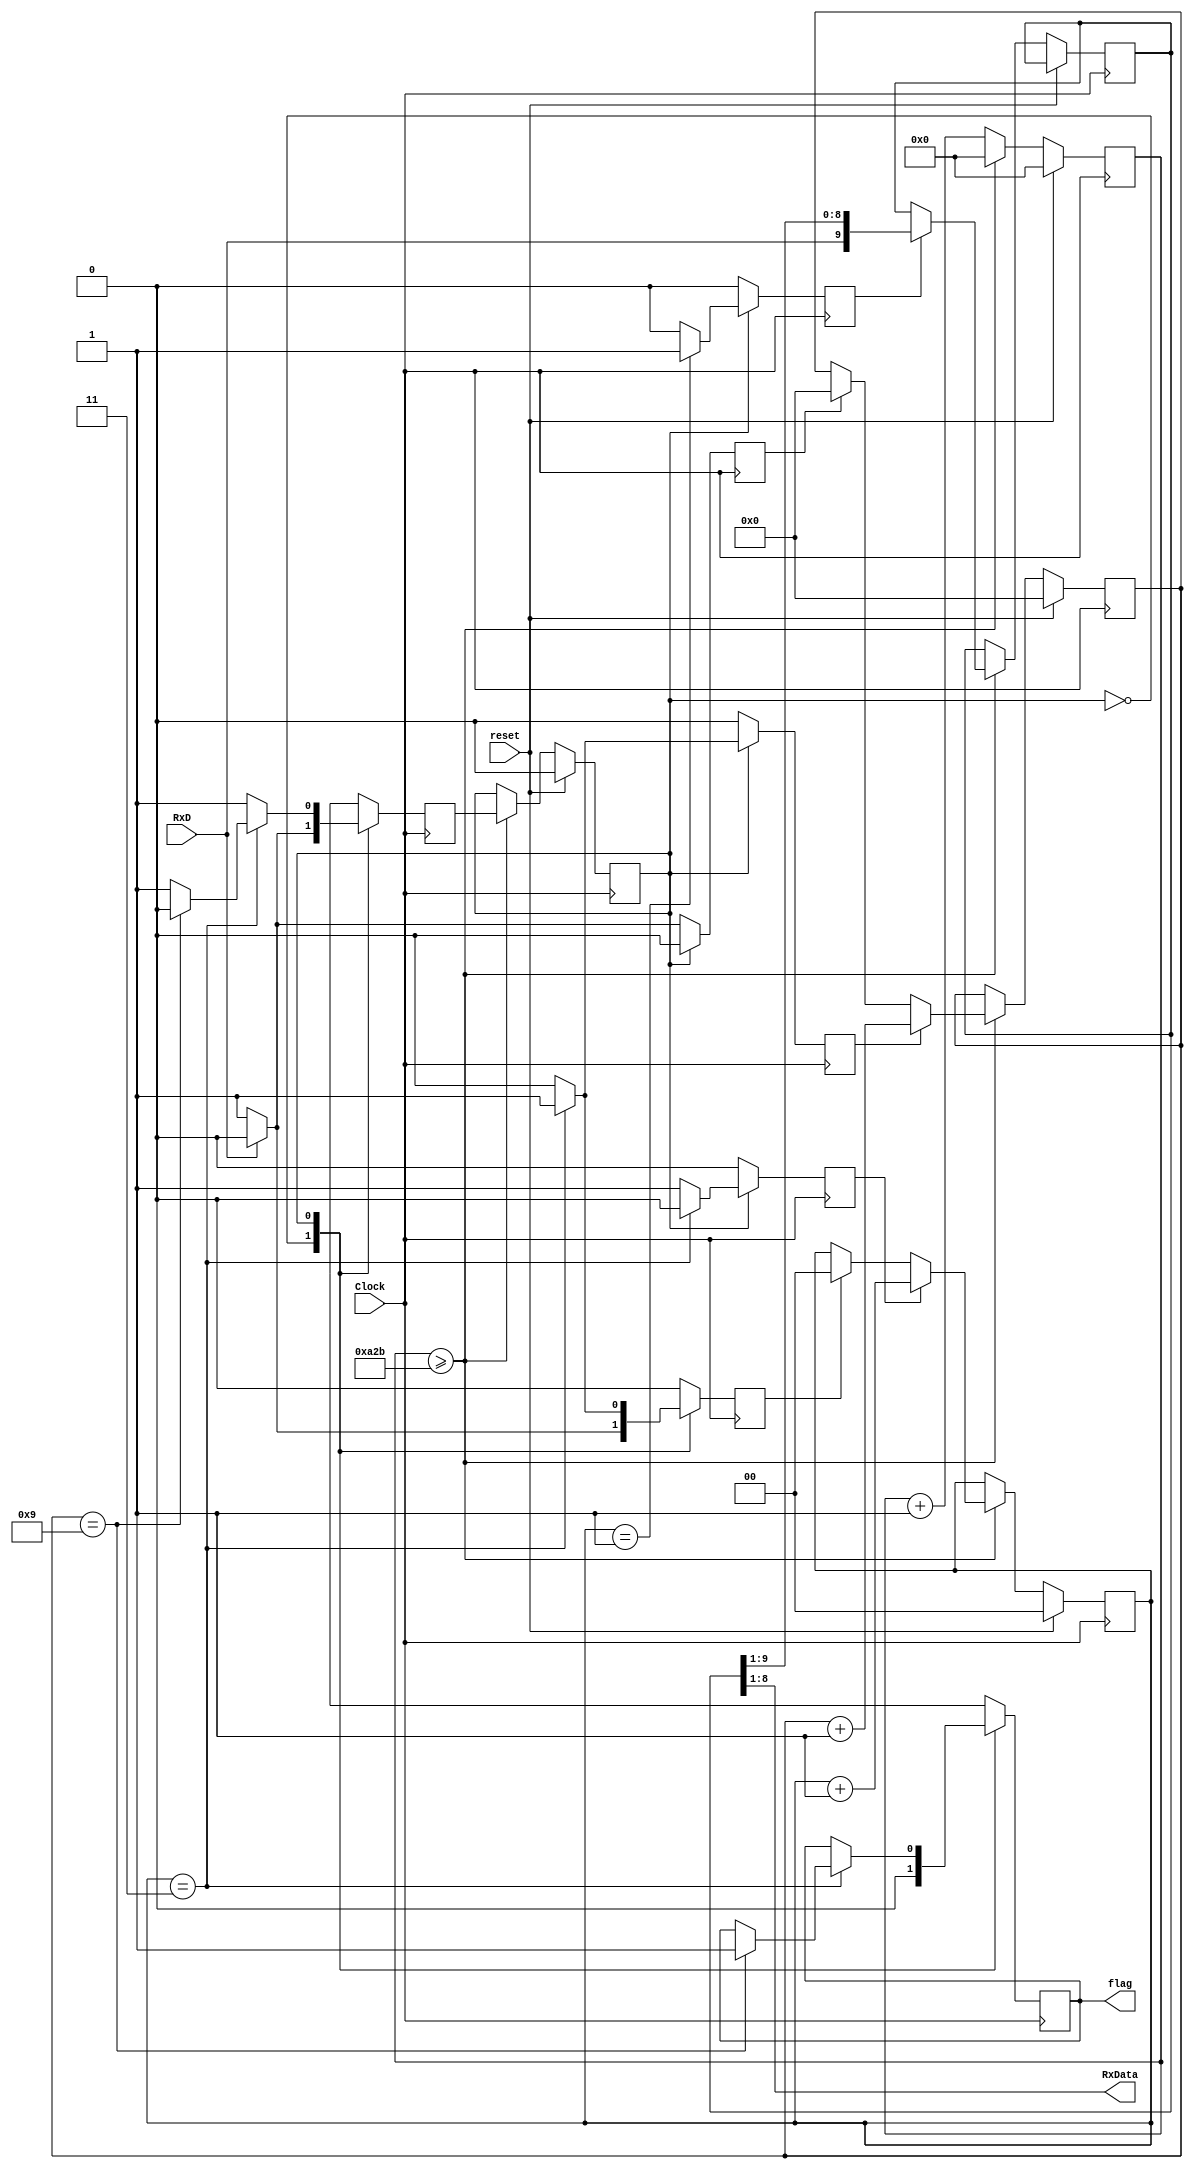
module Receiver(

input Clock, //input clock
input reset, //input reset 
input RxD, //input receving data line
output [7:0]RxData, // output for 8 bits data
output flag
    );
    
//internal variables
reg shift; // shift signal to trigger shifting data
reg flag=0; //flag to indicate finish
reg state, nextstate; // initial state and next state variable
reg [3:0] bitcounter; // 4 bits counter to count up to 9 for UART receiving
reg [1:0] samplecounter; // 2 bits sample counter to count up to 4 for oversampling
reg [13:0] counter; // 14 bits counter to count the baud rate
reg [9:0] rxshiftreg; //bit shifting register
reg clear_bitcounter,inc_bitcounter,inc_samplecounter,clear_samplecounter; //clear or increment the counter

// constants
parameter clk_freq = 100_000_000;  // system clock frequency
parameter baud_rate = 9_600; //baud rate
parameter div_sample = 4; //oversampling
parameter div_counter = (clk_freq/(baud_rate*div_sample));  // this is the number we have to divide the system clock frequency to get a frequency (div_sample) time higher than (baud_rate)
parameter mid_sample = (div_sample/2);  // this is the middle point of a bit where you want to sample it
parameter div_bit = 10; // 1 start, 8 data, 1 stop


assign RxData = rxshiftreg [8:1]; // assign the RxData from the shiftregister

//UART receiver logic
always @ (posedge Clock)
    begin 
        if (reset)begin // if reset is asserted
            state <=0; // set state to idle 
            bitcounter <=0; // reset the bit counter
            counter <=0; // reset the counter
            samplecounter <=0; // reset the sample counter
        end else begin // if reset is not asserted
            counter <= counter +1; // start count in the counter
            if (counter >= div_counter-1) begin // if counter reach the baud rate with sampling 
                counter <=0; //reset the counter
                state <= nextstate; // assign the state to nextstate
                if (shift)rxshiftreg <= {RxD,rxshiftreg[9:1]}; //if shift asserted, load the receiving data
                if (clear_samplecounter) samplecounter <=0; // if clear sampl counter asserted, reset sample counter
                if (inc_samplecounter) samplecounter <= samplecounter +1; //if increment counter asserted, start sample count
                if (clear_bitcounter) bitcounter <=0;        
                    // if clear bit counter asserted, reset bit counter
                if (inc_bitcounter)bitcounter <= bitcounter +1; // if increment bit counter asserted, start count bit counter
            end
        end
    end
   
//state machine

always @ (posedge Clock) //trigger by clock
begin 
    shift <= 0; // set shift to 0 to avoid any shifting 
    clear_samplecounter <=0; // set clear sample counter to 0 to avoid reset
    inc_samplecounter <=0; // set increment sample counter to 0 to avoid any increment
    clear_bitcounter <=0; // set clear bit counter to 0 to avoid claring
    inc_bitcounter <=0; // set increment bit counter to avoid any count
    nextstate <=0; // set next state to be idle state
    case (state)
        0: begin // idle state
        flag=0;
            if (RxD) // if input RxD data line asserted
              begin
//              flag=0;
              nextstate <=0; // back to idle state because RxD needs to be low to start transmission    
              end
            else begin // if input RxD data line is not asserted
//                flag = 0;  
                nextstate <=1; //jump to receiving state 
                clear_bitcounter <=1; // trigger to clear bit counter
                clear_samplecounter <=1; // trigger to clear sample counter
            end
        end
        1: begin // receiving state
            nextstate <= 1; // DEFAULT 
            if (samplecounter== mid_sample - 1) 
                shift <= 1; // if sample counter is 1, trigger shift 
            if (samplecounter== div_sample - 1) 
                begin // if sample counter is 3 as the sample rate used is 3
                    if (bitcounter == div_bit - 1) 
                    begin // check if bit counter if 9 or not
                        nextstate <= 0; // back to idle state if bit counter is 9 as receving is complete
                        flag=1;
                    end 
                    inc_bitcounter <=1; // trigger the increment bit counter if bit counter is not 9
                    clear_samplecounter <=1; //trigger the sample counter to reset the sample counter
//                flag=1;
                end 
                else inc_samplecounter <=1; // if sample is not equal to 3, keep counting
            end
       default: nextstate <=0; //default idle state
     endcase
end         
endmodule